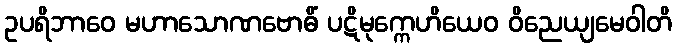
ဥပရိဘာဝေ မဟာသောဏဗောဓိံ ပဋိမုက္ကေဟိယေဝ ဝိညေယျမေဝါတိ